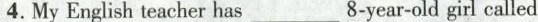
4. My English teacher has___8-year-old girl called